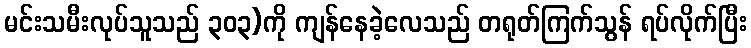
မင်းသမီးလုပ်သူသည် ၃၀၃)ကို ကျန်နေခဲ့လေသည် တရုတ်ကြက်သွန် ရပ်လိုက်ပြီး